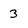
Character: 3